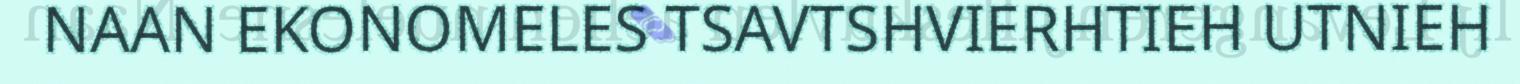
NAAN EKONOMELES TSAVTSHVIERHTIEH UTNIEH